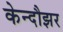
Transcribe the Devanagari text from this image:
केन्दौझर